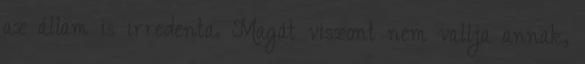
az állam is irredenta. Magát viszont nem vallja annak,